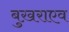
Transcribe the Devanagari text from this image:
बुख़राएव